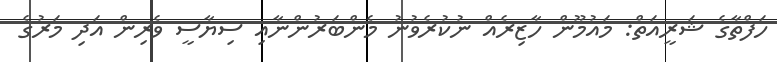
ހަފްތާގެ ޝަރީއަތް: މައުމޫން ހާޒިރެއް ނުކުރެވުނު މެންބަރުންނާއި ސިޔާސީ ވެރިން އަދި މަރުގެ